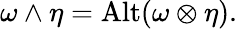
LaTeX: \omega\wedge\eta=\operatorname{Alt}(\omega\otimes\eta).